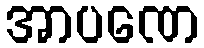
အာပဏေ